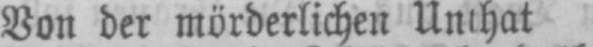
Von der mörderlichen Unthat